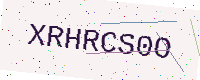
Text: XRHRCS0O